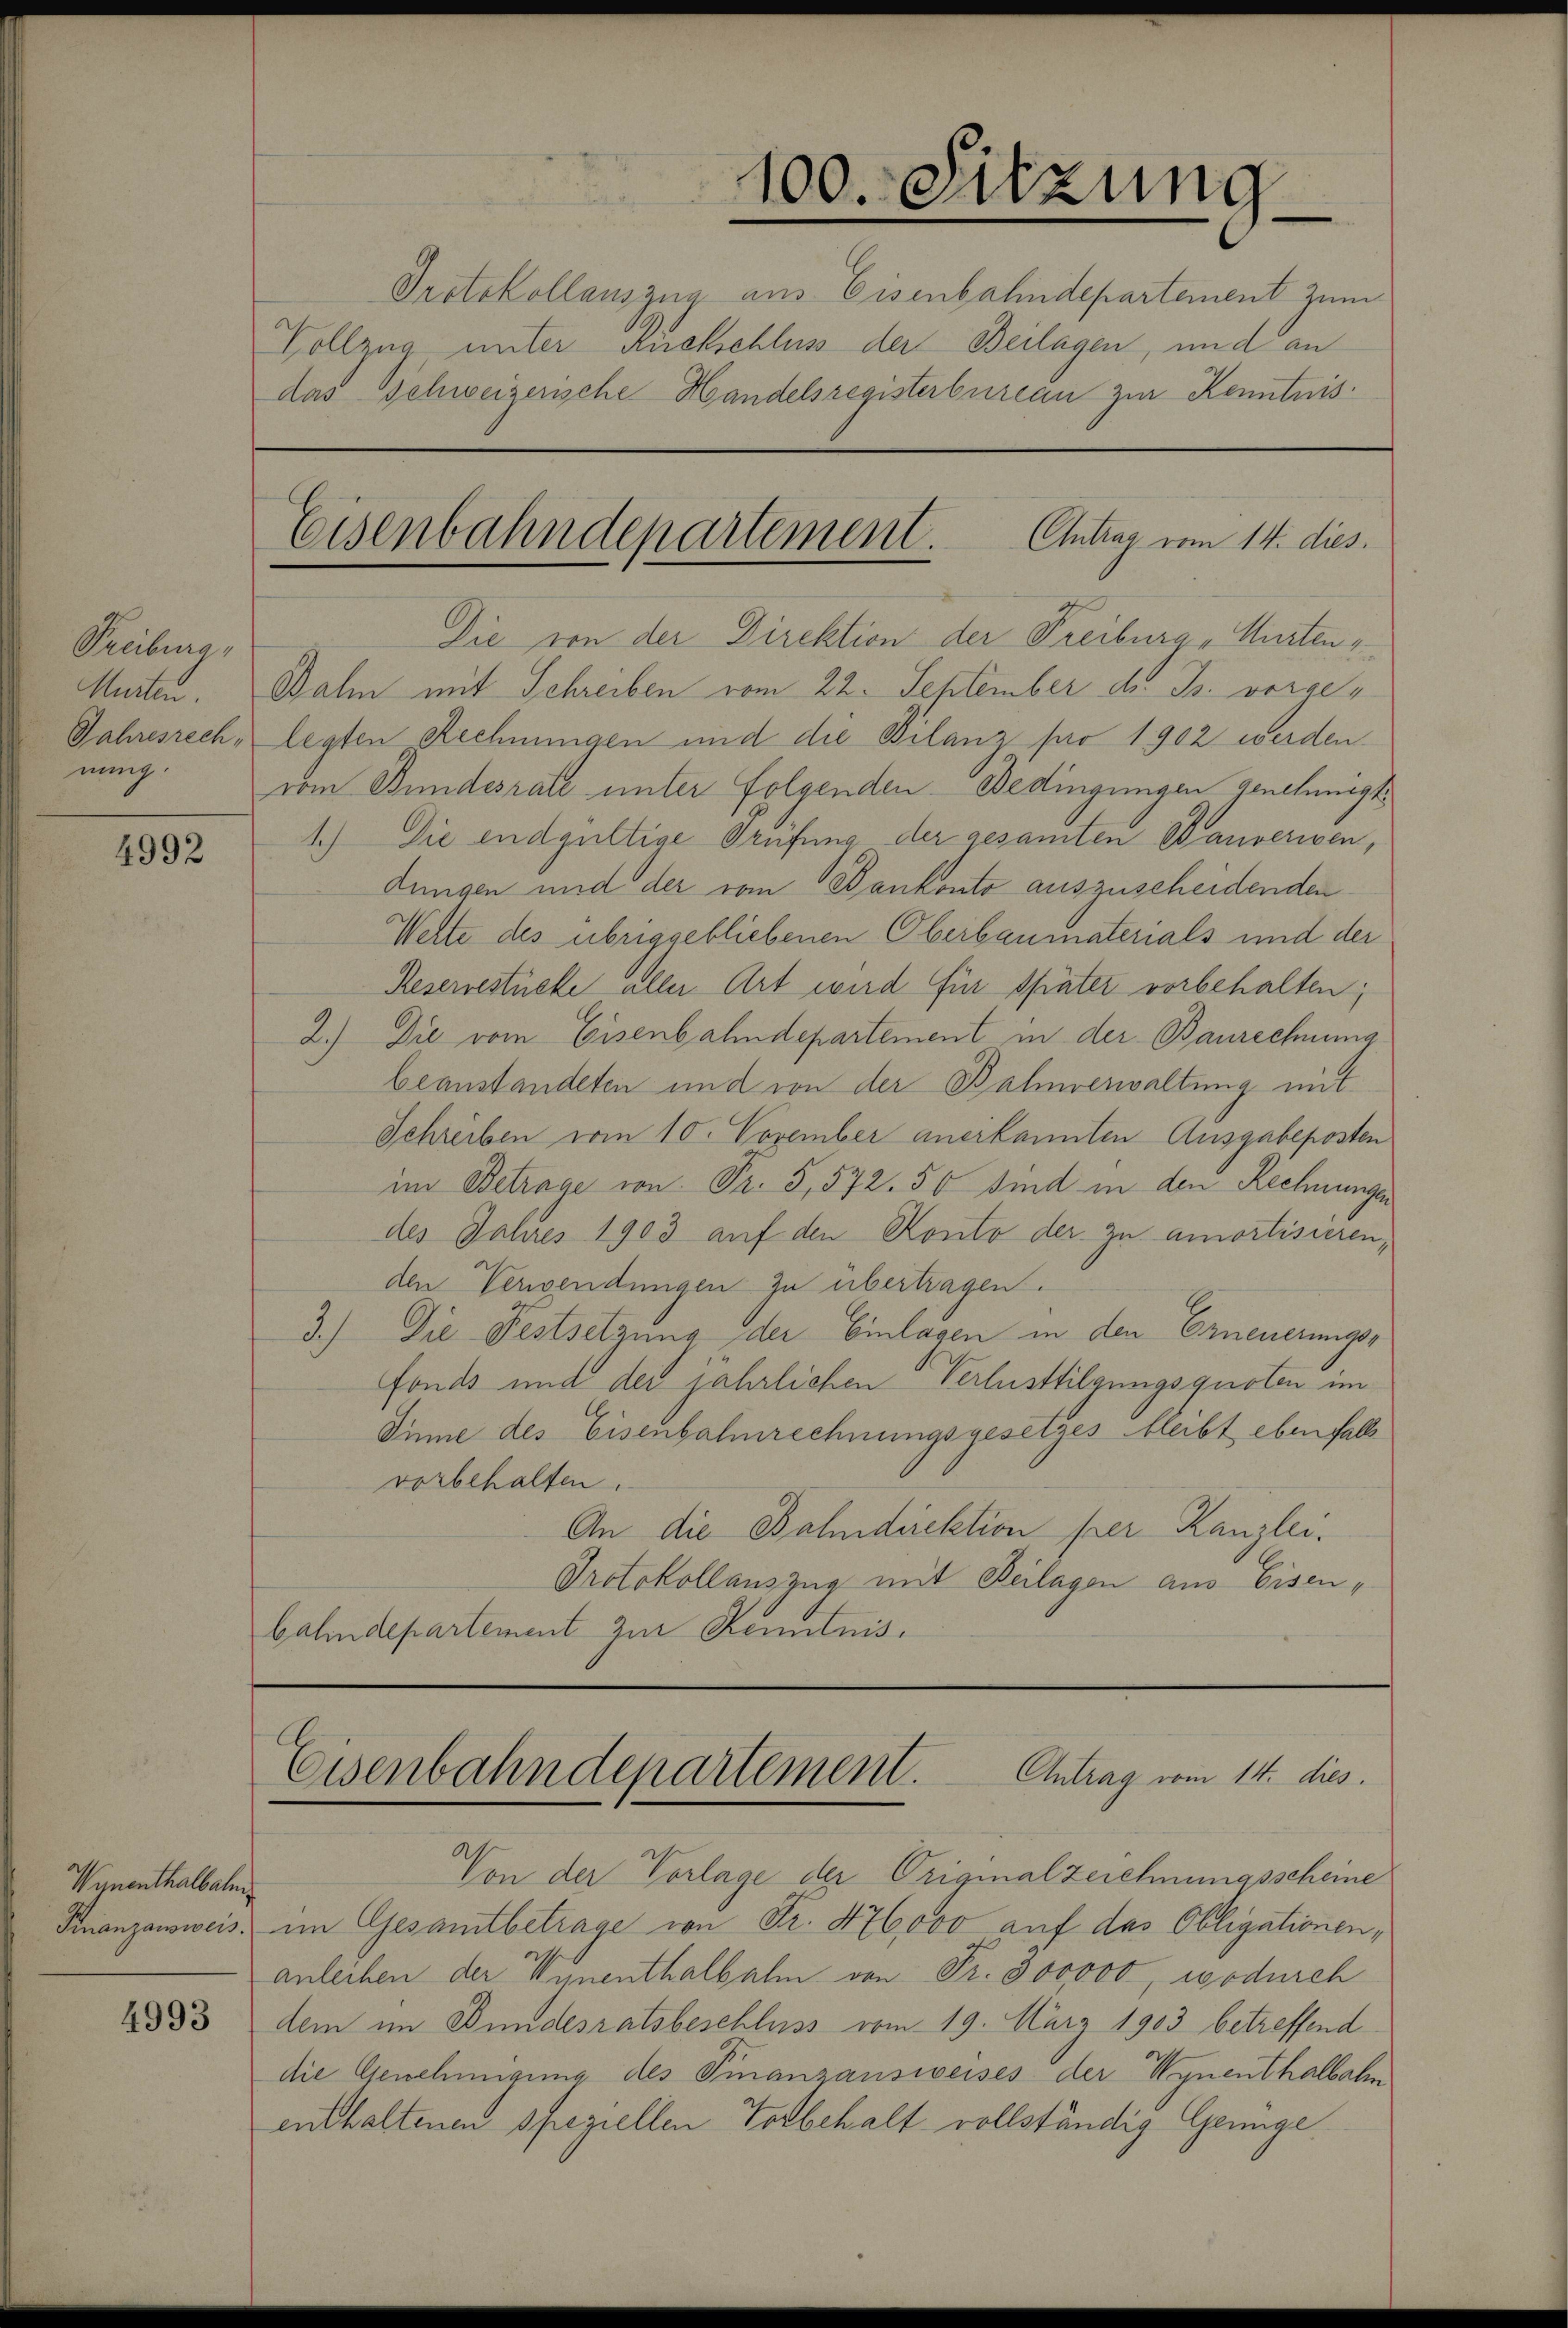
Prabung,
nung.

4992

Wynenthalbalm
4993

Murten. Bahn mit Schreiben vom 22. September d. Js. vorge¬
Jahresrech, legten Rechnungen und die Bilanz pro 1902 werden.
vom Bundesrate unter folgenden Bedingungen genehmigt
1.) Die endgültige Prüfung der gesamten Bauveriven,
dungen und der vom Bankonto auszuscheidenden
Wehte des übriggebliebenen Oberbaumaterials und der
Reserrestücke aller Art wird für später vorbehalten;
2.) Die vom Eisenbahndepartement in der Baurechnung
beanstandeten und von der Bahnerwaltung mit
Schreiben vom 10. November anerkannten Ausgabeposten
im Betrage von Fr. 5,572. 50 sind in den Rechnungen
des Jahres 1903 auf den Konto der zu amortisieren,
den Verwendungen zu übertragen.
3.) Die Festsetzung der Einlagen in den Erneuerungs-
fonds und der jährlichen Verlustilgungsquoten im
Sinne des Eisenbahnrechnungsgesetzes bleibt ebenfalle
vorbehalten.
An die Bahndirektion per Kanzlei.
Protokollauszug mit Beilagen aus Eisen,
bahndepartement zur Kenntnis¬

Eisenbahndepartement. Eintrag vom 14. dies
Die von der Direktion der Freiburg, Mieten,

100. Sitzung
Protokollauszug aus Eisenbahndepartement zum
Vollzug unter Rückschluss der Beilagen, und an
das Schweizerische Handelsregisterbureau zur Kenntnis¬

Antrag vom 14. dies
Eisenbahndepartement.

Von der Vorlage der Original zeichnungsscheine
Finanzausweis, im Gesamtbetrage von Fr. 476,000 auf das Obligationen,
anleihen der Wunenthalbalm von Fr. 300000 wodurch
dem im Bundesratsbeschluss vom 19. März 1903 betreffend
die Genehmigung des Finanzausweises der Wynenthalbalm
enthaltenen speziellen Vorbehalt vollständig Genüge